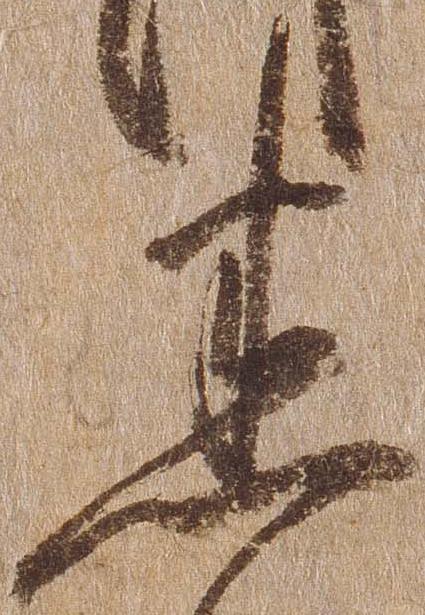
悉